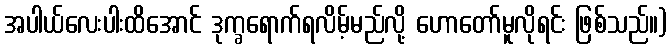
အပါယ်လေးပါးထိအောင် ဒုက္ခရောက်ရလိမ့်မည်လို့ ဟောတော်မူလိုရင်း ဖြစ်သည်။)